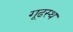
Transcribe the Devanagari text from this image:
गूढस्थ